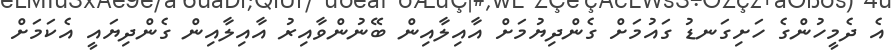
އެ ދެމީހުންގެ ހަށިގަނޑު ގައުމަށް ގެންދިޔުމަށް އާއިލާއިން ބޭނުންވާއިރު އާއިލާއިން ގެންދިޔައީ އެކަމަށް